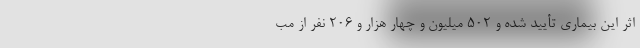
اثر این بیماری تأیید شده و ۵۰۲ میلیون و چهار هزار و ۲۰۶ نفر از مب